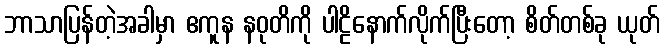
ဘာသာပြန်တဲ့အခါမှာ ဧကူန နဝုတိကို ပါဠိနောက်လိုက်ပြီးတော့ စိတ်တစ်ခု ယုတ်